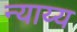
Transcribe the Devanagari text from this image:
न्‍याय्य